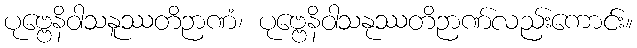
ပုဗ္ဗေနိဝါသနူဿတိဉာဏံ၊ ပုဗ္ဗေနိဝါသနုဿတိဉာဏ်လည်းကောင်း။